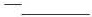
-___